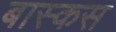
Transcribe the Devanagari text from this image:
बास्कस